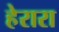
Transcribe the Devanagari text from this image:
हेरारा